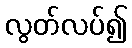
လွတ်လပ်၍